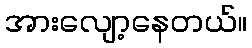
အားလျော့နေတယ်။